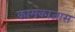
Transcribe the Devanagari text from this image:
कामकाजास